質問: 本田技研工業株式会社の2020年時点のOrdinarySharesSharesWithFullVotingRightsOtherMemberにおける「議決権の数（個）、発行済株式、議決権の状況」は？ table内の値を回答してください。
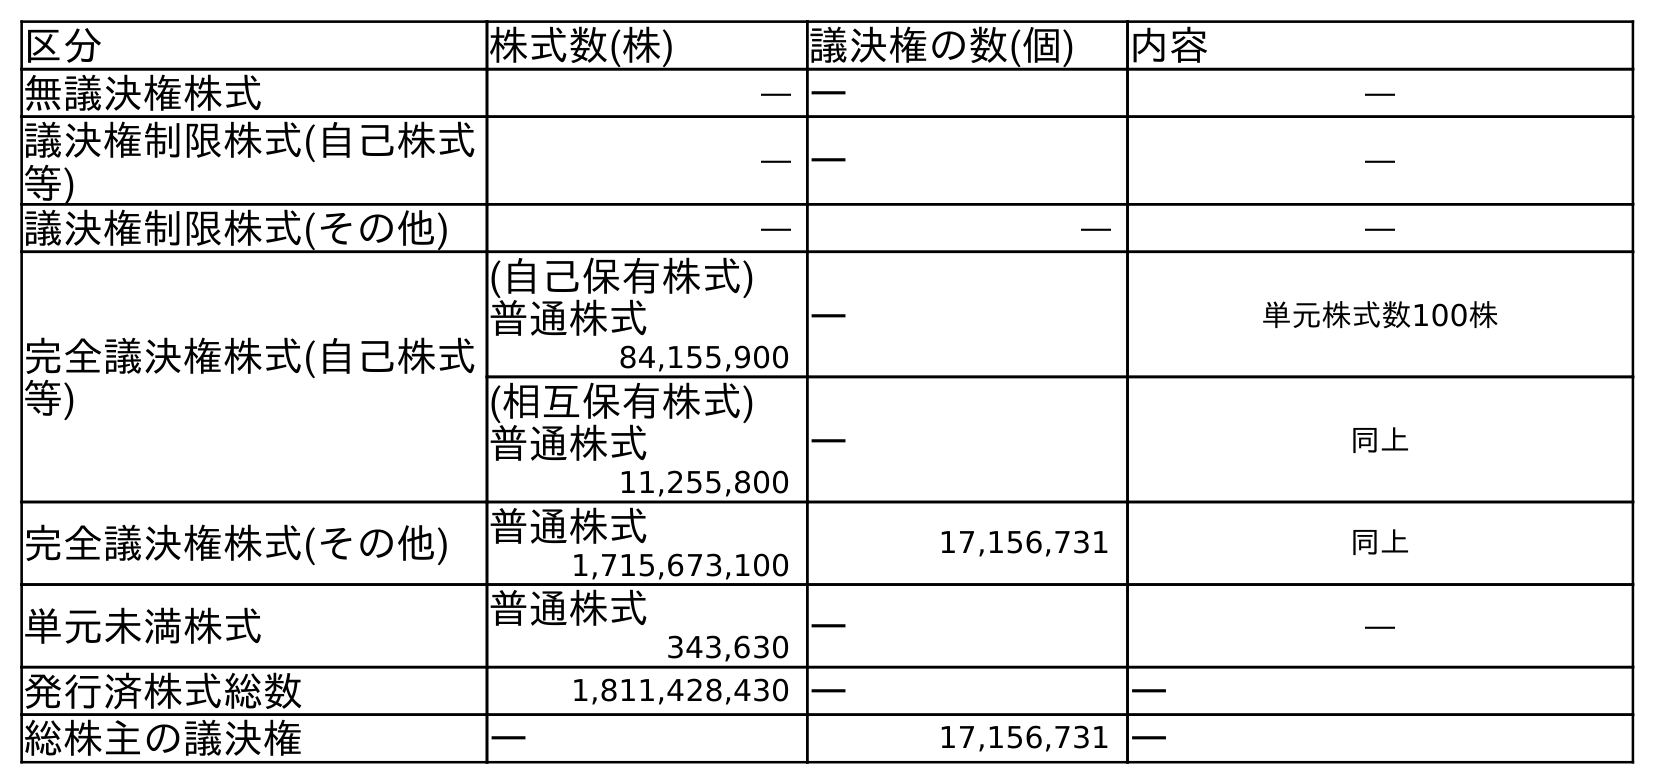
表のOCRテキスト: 区分 株式数(株) 議決権の数(個) 内容 無議決権株式 ― ― ― 議決権制限株式(自己株式 等) ― ― ― 議決権制限株式(その他) ― ― ― 完全議決権株式(自己株式 等) (自己保有株式) 普通株式 ― 単元株式数100株 84,155,900 (相互保有株式) 普通株式 ― 同上 11,255,800 完全議決権株式(その他) 普通株式 17,156,731 同上 1,715,673,100 単元未満株式 普通株式 ― ― 343,630 発行済株式総数 1,811,428,430 ― ― 総株主の議決権 ― 17,156,731 ―
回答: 17,156,731